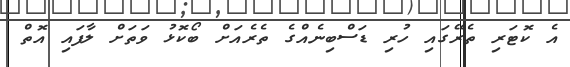
އެ ކޮޓަރި ތެރޭގައި ހުރި ޑަސްބިނެއްގެ ތެރެއަށް ބޯކޮޅު ވަތަށް ލާފައި އޮތް